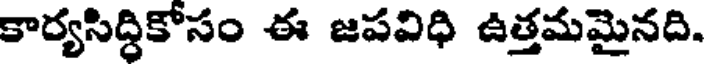
కార్యసిద్ధికోసం ఈ జపవిధి ఉత్తమమైనది.